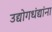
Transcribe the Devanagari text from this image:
उद्योगधंद्यांना